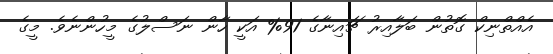
އެއްތްނިކް ގޮތުން ބަލާއިރު ޗައިނާގެ 91% އަކީ ހާން ނަސްލުގެ މީހުންނެވެ. މީގެ